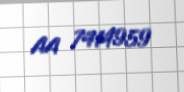
AA 7414959